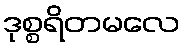
ဒုစ္စရိတမလေ